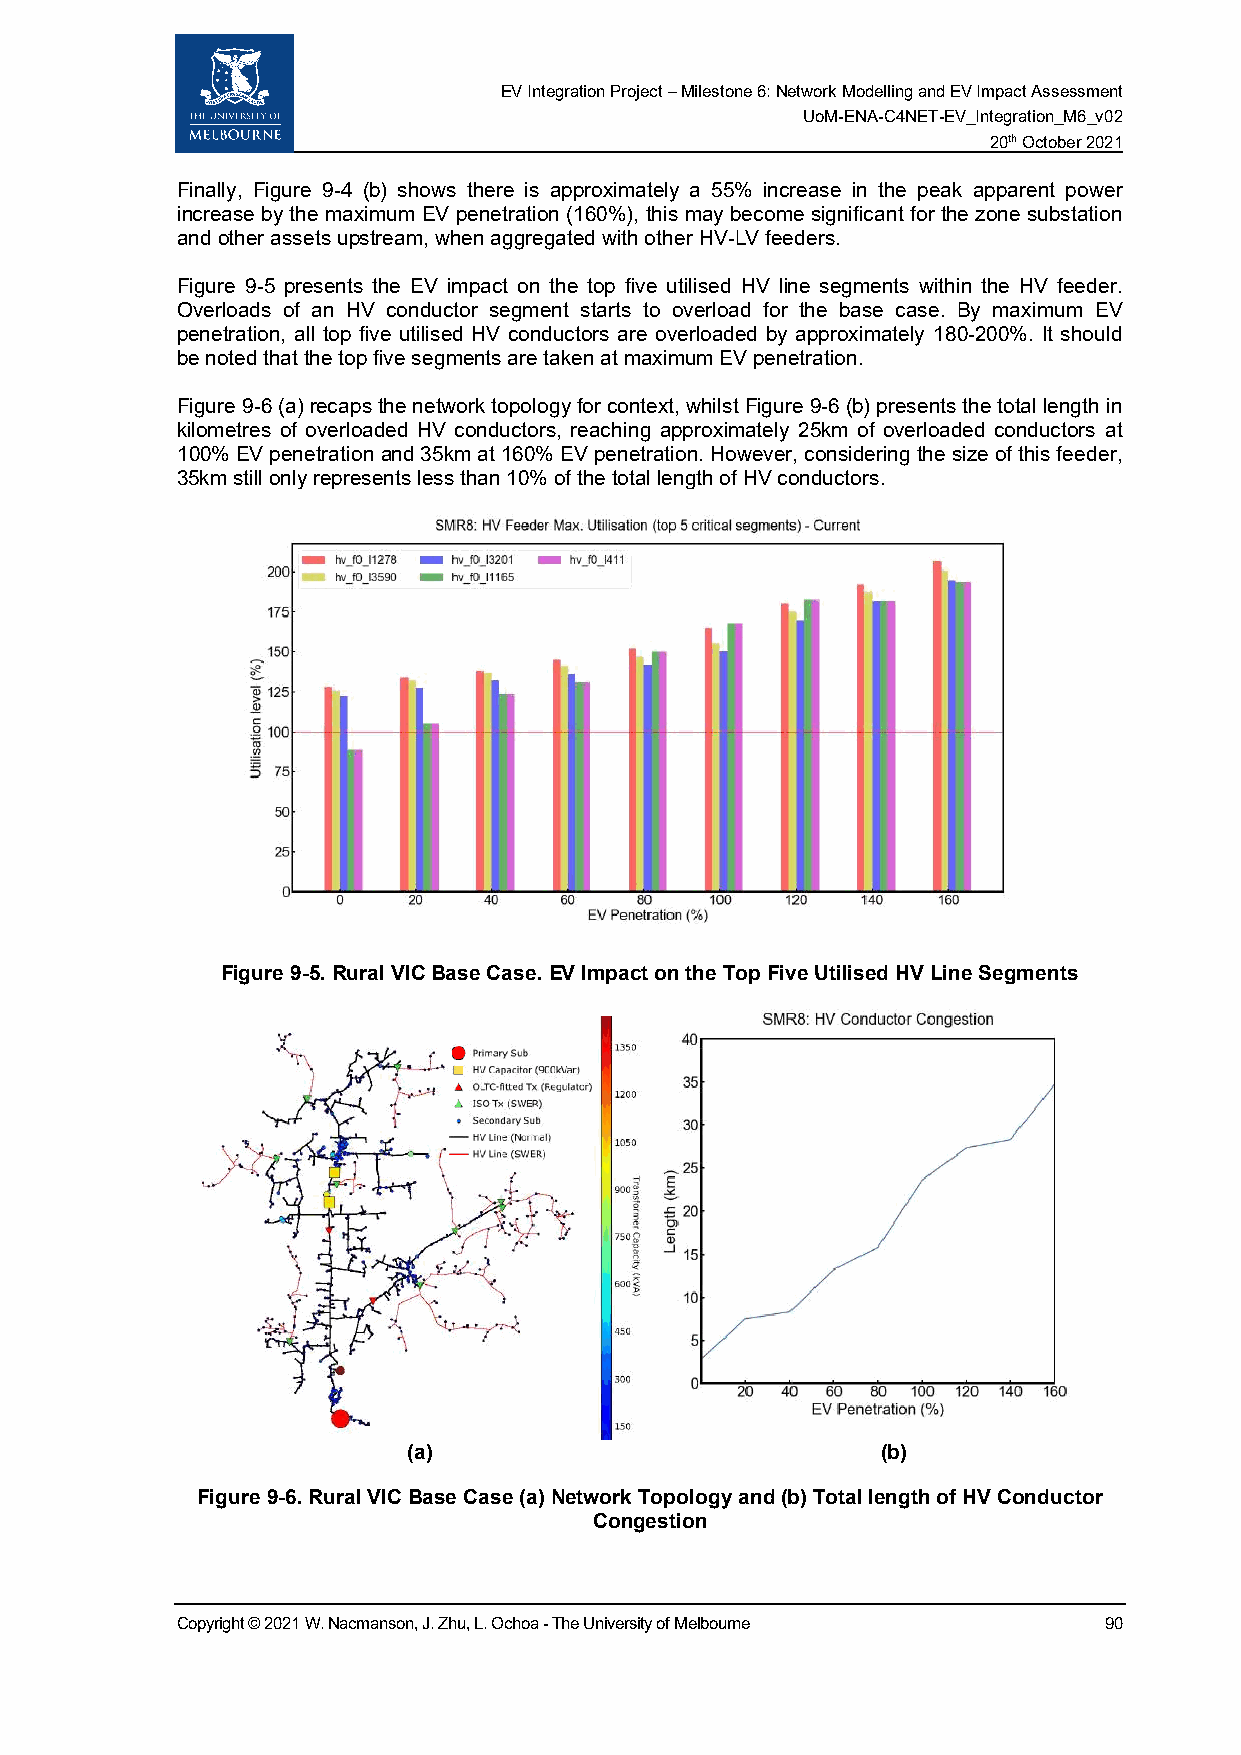
EV Integration Project – Milestone 6: Network Modelling and EV Impact Assessment
 UoM-ENA-C4NET-EV_Integration_M6_v02
 20th October 2021
 Finally, Figure 9-4 (b) shows there is approximately a 55% increase in the peak apparent power
 increase by the maximum EV penetration (160%), this may become significant for the zone substation
 and other assets upstream, when aggregated with other HV-LV feeders.
 Figure 9-5 presents the EV impact on the top five utilised HV line segments within the HV feeder.
 Overloads of an HV conductor segment starts to overload for the base case. By maximum EV
 penetration, all top five utilised HV conductors are overloaded by approximately 180-200%. It should
 be noted that the top five segments are taken at maximum EV penetration.
 Figure 9-6 (a) recaps the network topology for context, whilst Figure 9-6 (b) presents the total length in
 kilometres of overloaded HV conductors, reaching approximately 25km of overloaded conductors at
 100% EV penetration and 35km at 160% EV penetration. However, considering the size of this feeder,
 35km still only represents less than 10% of the total length of HV conductors.
 Figure 9-5. Rural VIC Base Case. EV Impact on the Top Five Utilised HV Line Segments
 (a)                            (b)
 Figure 9-6. Rural VIC Base Case (a) Network Topology and (b) Total length of HV Conductor
 Congestion
 Copyright © 2021 W. Nacmanson, J. Zhu, L. Ochoa - The University of Melbourne 90